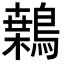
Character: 𪄐